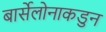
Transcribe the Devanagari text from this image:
बार्सेलोनाकडुन